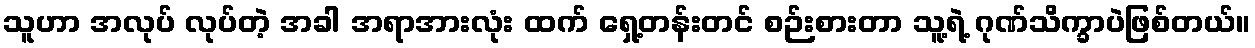
သူဟာ အလုပ် လုပ်တဲ့ အခါ အရာအားလုံး ထက် ရှေ့တန်းတင် စဉ်းစားတာ သူ့ရဲ့ ဂုဏ်သိက္ခာပဲဖြစ်တယ်။